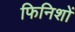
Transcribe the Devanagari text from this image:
फिनिशों